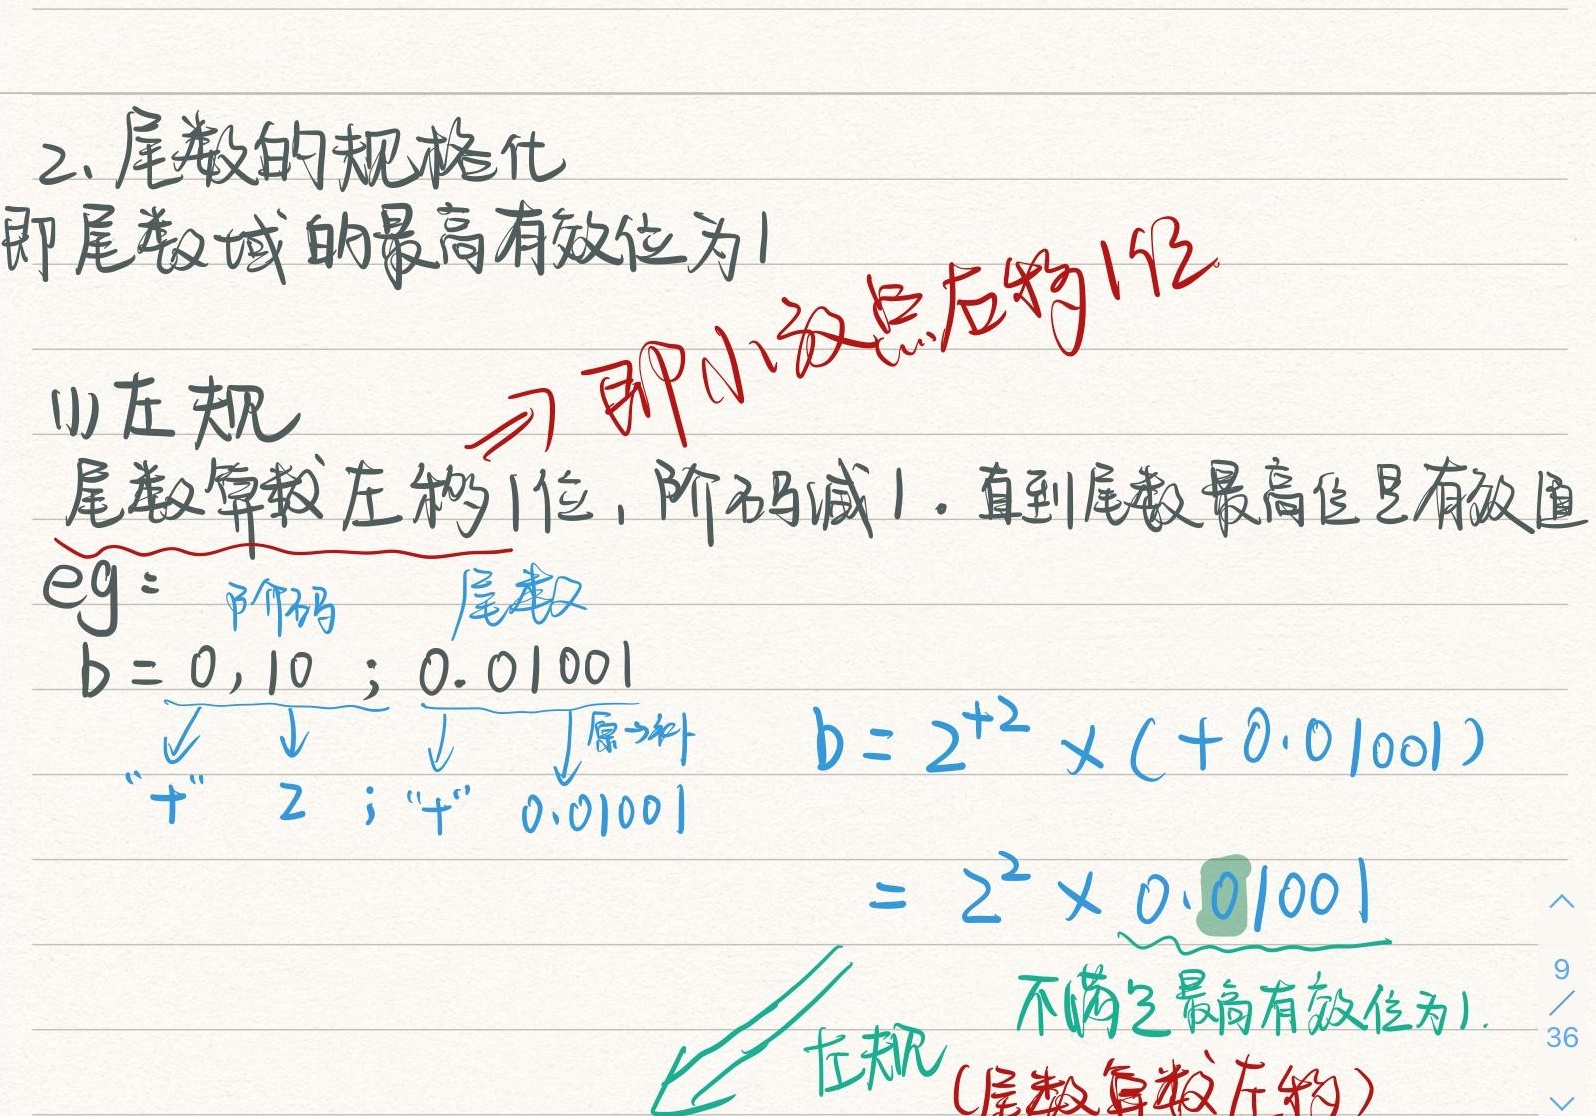
2. 尾数的规格化即尾数域的最高有效位为1。
(1) 左规：尾数算数左移1位，阶码减1，直到尾数最高位是有效值。

\[
\begin{align*}
\text{eg:}&\\
b&= 0,10\ ;\ 0.01001\\
&\ \ \ \downarrow\ \ \ \ \ \downarrow\\
&“ +”\ 2\ ;“ +”\ 0.01001
\end{align*}
\]

原码 \(b = 2^{ + 2}\times( + 0.01001)= 2^{2}\times0.01001\) （不满足最高有效位为1），左规（尾数算数左移）